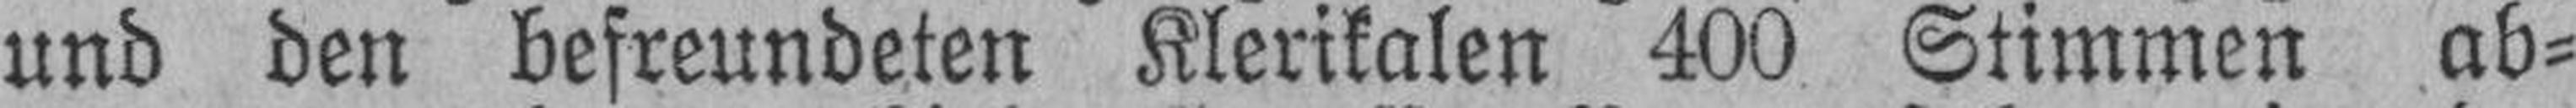
und den befreundeten Klerikalen 400 Stimmen ab¬